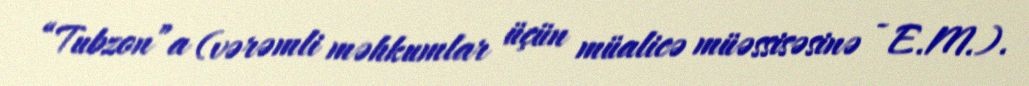
“Tubzon”a (vərəmli məhkumlar üçün müalicə müəssisəsinə - E.M.).